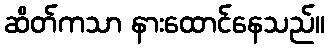
ဆိတ်ကသာ နားထောင်နေသည်။